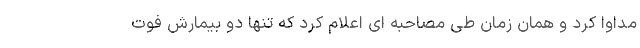
مداوا کرد و همان زمان طی مصاحبه ای اعلام کرد که تنها دو بیمارش فوت